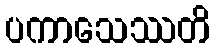
ပကာသေဿတိ